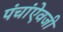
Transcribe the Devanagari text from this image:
पंचांऐवजी